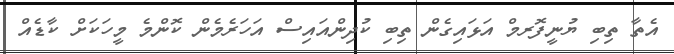
އެތާ ތިބި ޔުނީފޮރމް އަޅައިގެން ތިބި ކުދިންއައިސް އަހަރެމެން ކޮންމެ މީހަކަށް ކާޑެއް